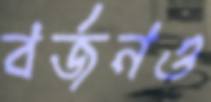
বর্জনও